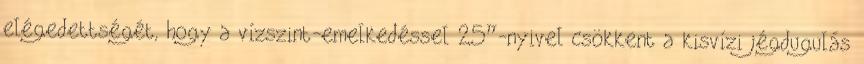
elégedettségét, hogy a vízszint-emelkedéssel 25”-nyivel csökkent a kisvízi jégdugulás